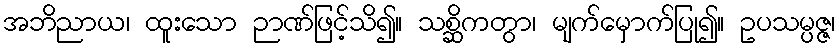
အဘိညာယ၊ ထူးသော ဉာဏ်ဖြင့်သိ၍။ သစ္ဆိကတွာ၊ မျက်မှောက်ပြု၍။ ဥပသမ္ပဇ္ဇ၊